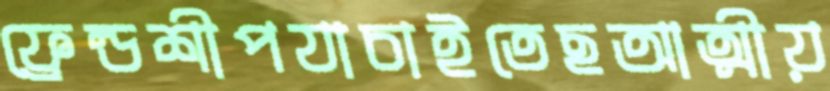
ফ্রেন্ডশীপযাচাইতেছআত্মীয়